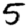
Digit: 5